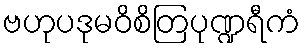
ဗဟုပဒုမဝိစိတြပုဏ္ဍရီကံ